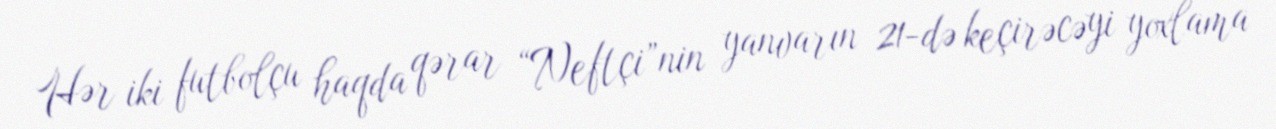
Hər iki futbolçu haqda qərar “Neftçi”nin yanvarın 21-də keçirəcəyi yoxlama